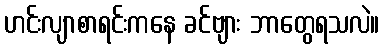
ဟင်းလျာစာရင်းကနေ ခင်ဗျား ဘာတွေရသလဲ။